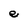
Character: e